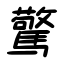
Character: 驚